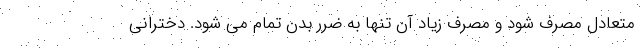
متعادل مصرف شود و مصرف زیاد آن تنها به ضرر بدن تمام می شود. دخترانی